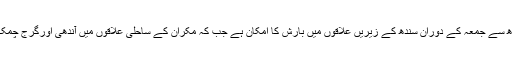
موسم ایڈوائزری کے مطابق بدھ سے جمعہ کے دوران سندھ کے زیریں علاقوں میں بارش کا امکان ہے جب کہ مکران کے ساحلی علاقوں میں آندھی اورگرج چمک کے ساتھ بارش ہوسکتی ہے۔